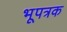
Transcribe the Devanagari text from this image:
भूपत्रक